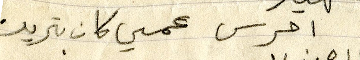
احرس عمي كان بتريد